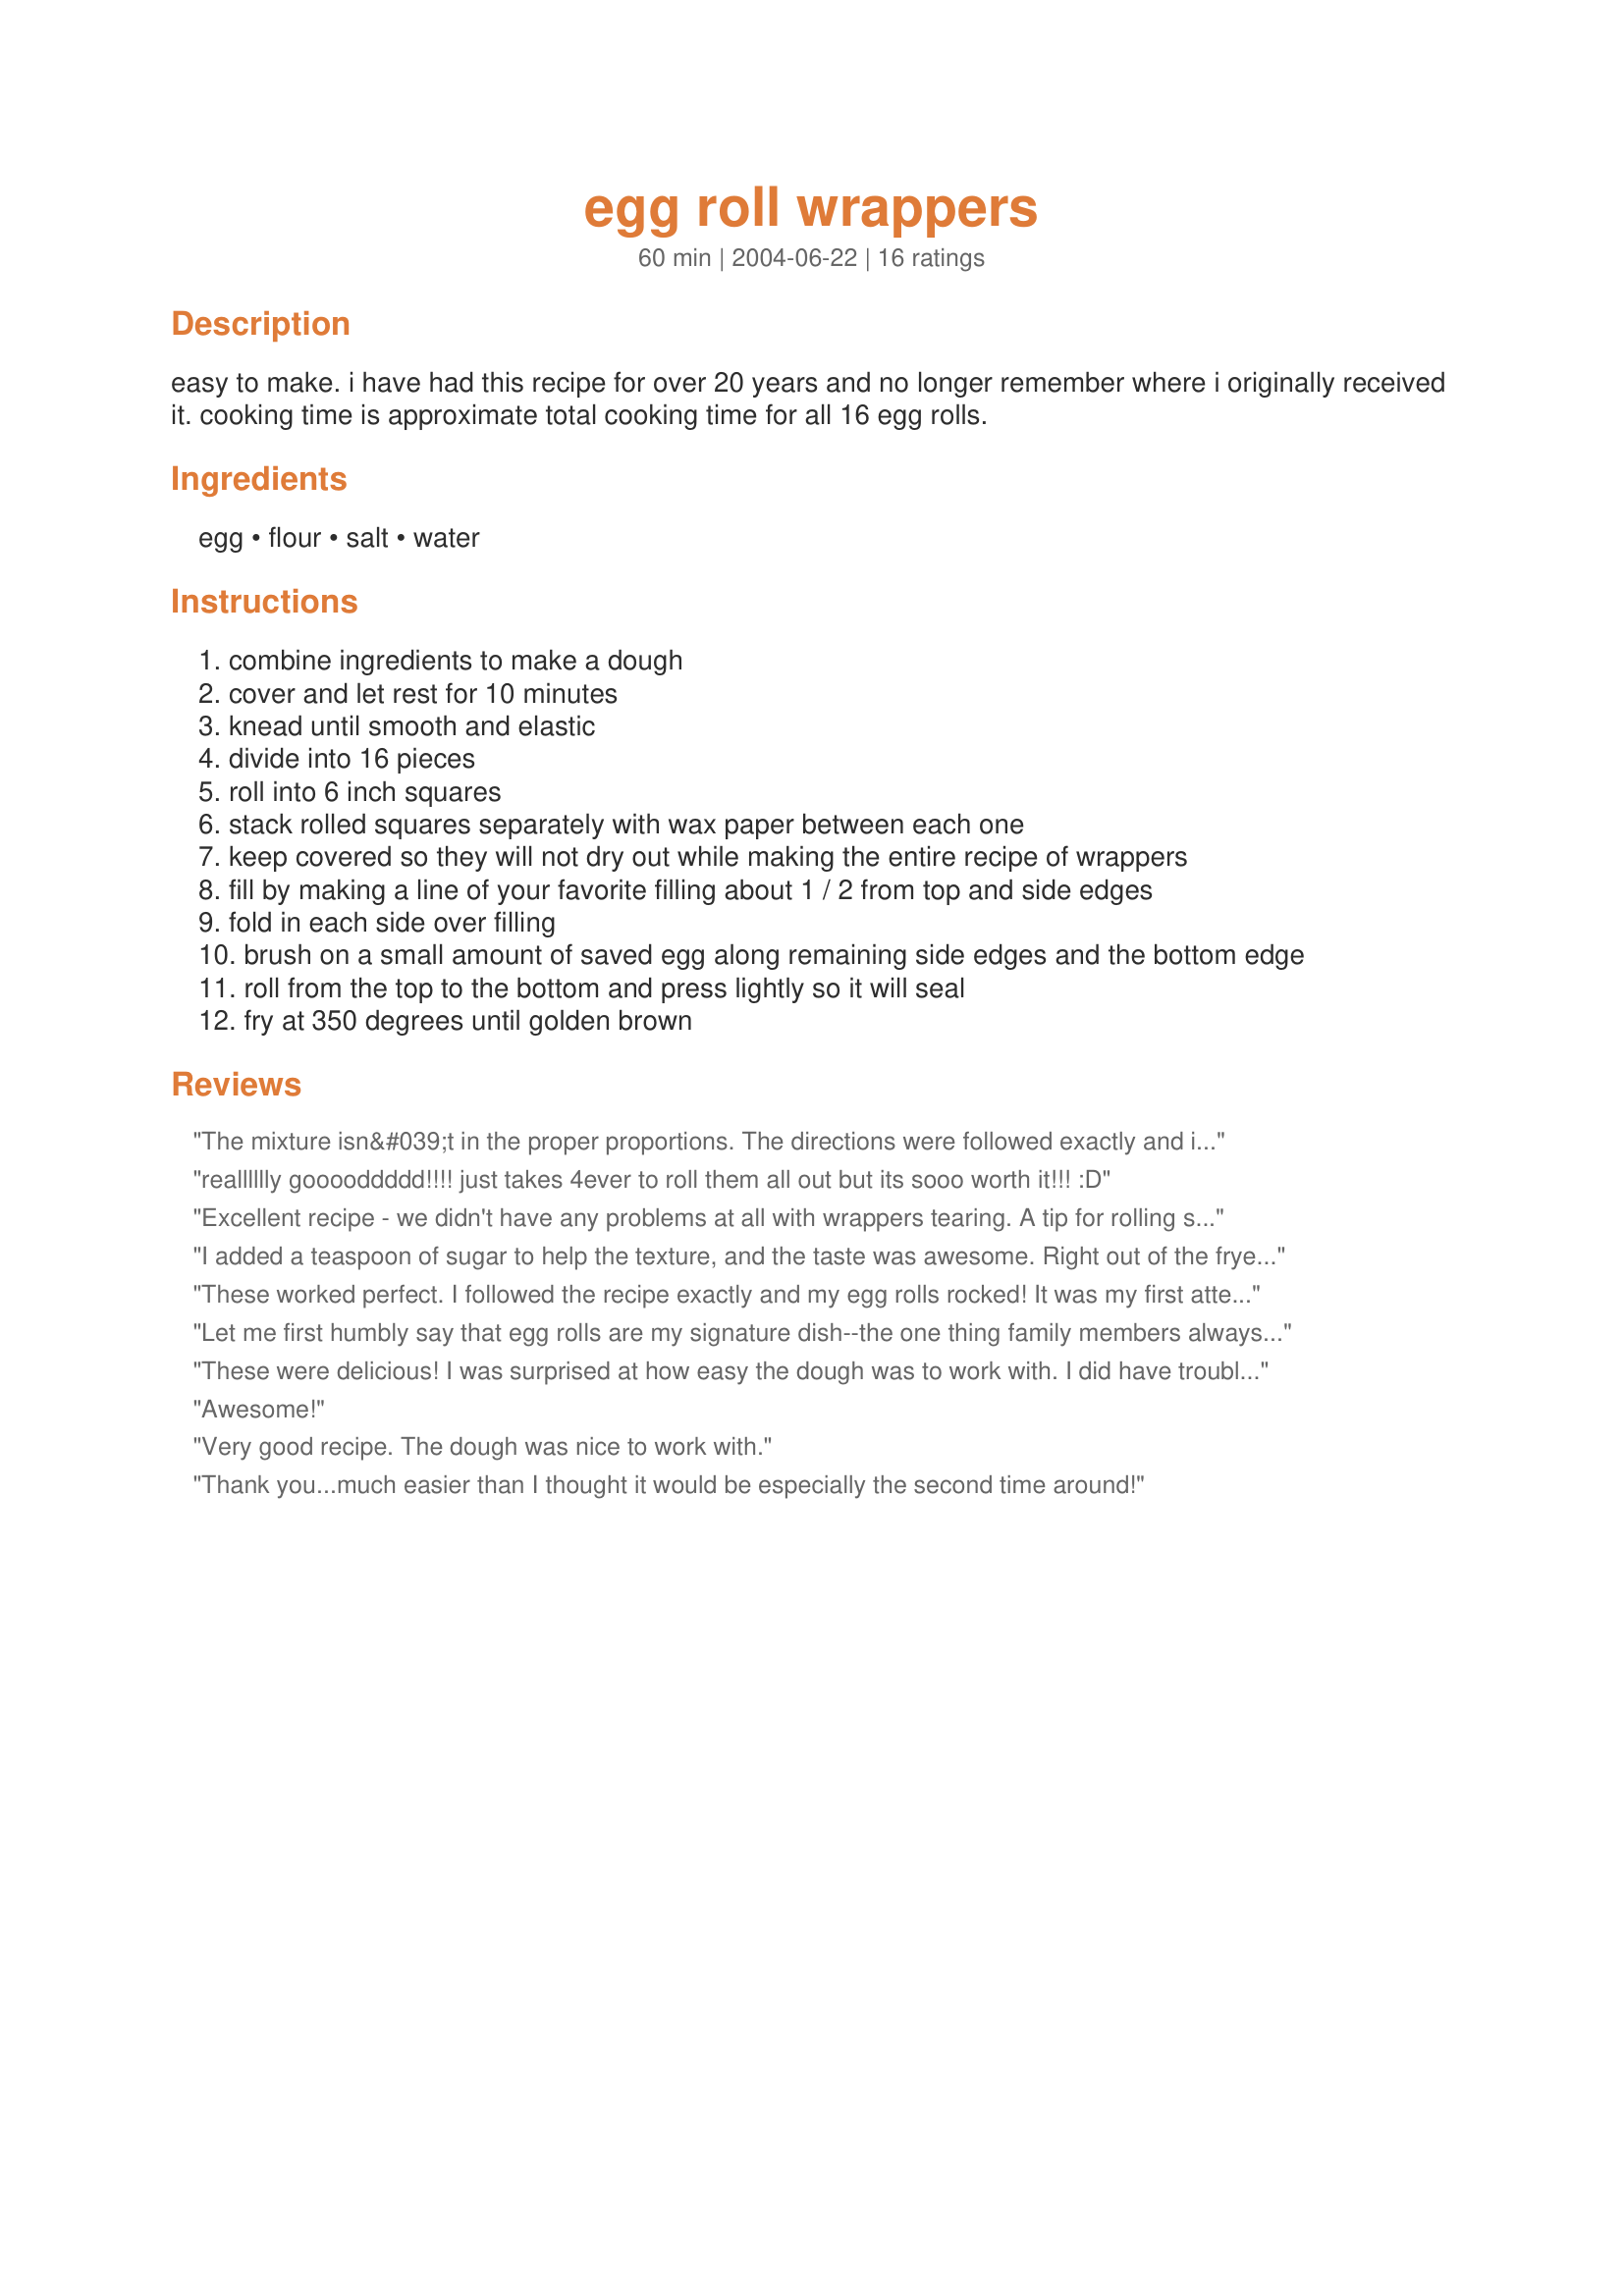
egg roll wrappers
Preparation time: 60 minutes

easy to make. i have had this recipe for over 20 years and no longer remember where i originally received it. cooking time is approximate total cooking time for all 16 egg rolls.

Ingredients:
egg, flour, salt, water

Steps:
combine ingredients to make a dough
cover and let rest for 10 minutes
knead until smooth and elastic
divide into 16 pieces
roll into 6 inch squares
stack rolled squares separately with wax paper between each one
keep covered so they will not dry out while making the entire recipe of wrappers
fill by making a line of your favorite filling about 1 / 2 from top and side edges
fold in each side over filling
brush on a small amount of saved egg along remaining side edges and the bottom edge
roll from the top to the bottom and press lightly so it will seal
fry at 350 degrees until golden brown

Reviews:
The mixture isn&#039;t in the proper proportions. The directions were followed exactly and it didn&#039;t work. Looks like the recipe needs a bit of tweaking in order for it to be viable. Stay away from this one.
realllllly gooooddddd!!!! just takes 4ever to roll them all out but its sooo worth it!!! :D
Excellent recipe - we didn't have any problems at all with wrappers tearing. A tip for rolling squares; roll first in one direction, then turn the rolling pin 90 degrees and roll some more.
We were out of wax paper, but flouring them seemed to work as long as we didn't stack too many at once.
I added a teaspoon of sugar to help the texture, and the taste was awesome. Right out of the fryer they were perfect and crispy, but 5 minutes later they already got soft and chewy. Next time I will try to keep the rolls at low temp in oven to see if it will get them crispy. Over all this was a very simple recipe that I will use again
These worked perfect. I followed the recipe exactly and my egg rolls rocked! It was my first attempt at home-made rolls and most certainly won't be my last! They were so much easier than I anticipated. Thx for the great recipe Carrol!
Let me first humbly say that egg rolls are my signature dish--the one thing family members always request that I make when there is a big gathering. However, I've always used store-bought egg roll wraps. Tonight I found myself scrambling for something for dinner. I live in a rural area and didn't want to drive to the store, and since I had most of the other stuff I usually put in my egg rolls, I decided to make egg rolls in these shells. I thought the recipe was easy to work with, like others have said, but honestly, I would never work this hard again unless I was desperate. They took a long time to roll out. As others have said, my blobby shapes worked out fine so don't be worried about perfect squares. Also found that although they cooked up nicely enough, they didn't get crunchy like the store-boughts. They turned out okay, but definitely weren't my signature egg rolls. But thanks for posting--I always wanted to try making my own wraps.
These were delicious! I was surprised at how easy the dough was to work with. I did have trouble making actual squares, but the strange blob shapes I made worked fine. ZWT6 N.
Awesome!
Very good recipe. The dough was nice to work with.
Thank you...much easier than I thought it would be especially the second time around!
Left out salt and make a low sodium wrap. They turn out great.
Made these to go with <a href="/72124">Is It Egg Roll or Eggroll?</a>. Dough was slightly sticky and used cornflour to keep from sticking while rolling it out. Thanks!
This is a good and fairly easy recipe for egg roll wrappers. I used my pasta machine for rolling, and needed some additional flour - I used potato starch just because it was handy - to stop the dough from sticking, but, even though it was a soft dough, it did not stick much at all. Some of the finished egg rolls did stick to the plate before frying, so I'll put down more starch under them next time. Thank you very much for a lovely recipe and a wonderful suggestion for dinner.
I want to make these. How do you feel they would do with Gluten free flour? Also many real Chinese places use peanut butter in their egg rolls? How would I incorporate this? I also like very crunchy BIG fat one like the picture What would I do to make sure they turn out like this picture below?
Love, love, love these wrappers. So easy to make and use. I used 1/2 home ground wheat flour and 1/2 regular flour for increased nutrition.
Great dough that's easy to work with. Crisp up perfectly. Have used this recipe for crab rangoons to replace wonton wrappers with good results too. Thanks!
